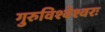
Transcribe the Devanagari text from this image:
गुरुविश्वेश्वरः